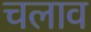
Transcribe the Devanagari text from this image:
चलाव